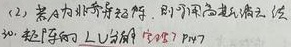
(2) 某内分泌科医生，利用高通量测序 法对一超罕病的全外显子组进 行了PW7